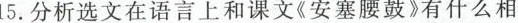
15.分析选文在语言上和课文《安塞腰鼓》有什么相